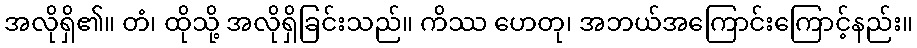
အလိုရှိ၏။ တံ၊ ထိုသို့ အလိုရှိခြင်းသည်။ ကိဿ ဟေတု၊ အဘယ်အကြောင်းကြောင့်နည်း။